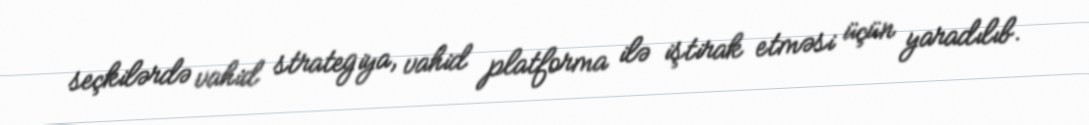
seçkilərdə vahid strategiya, vahid platforma ilə iştirak etməsi üçün yaradılıb.